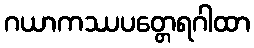
ဂယာကဿပတ္တေရဂါထာ